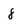
Character: 8